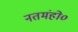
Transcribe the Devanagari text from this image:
नतमंहो०